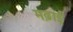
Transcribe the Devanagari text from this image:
मढ़ाई